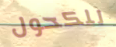
للكحول